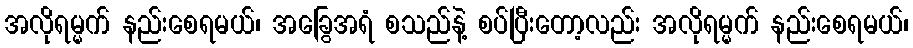
အလိုရမ္မက် နည်းစေရမယ်၊ အခြွေအရံ စသည်နဲ့ စပ်ပြီးတော့လည်း အလိုရမ္မက် နည်းစေရမယ်၊